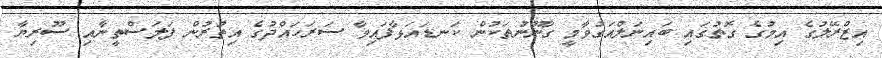
އިޒްރޭލުގެ އިމުގެ ގޮތުގައި ބައިނަލްއަގުވާމީ ގާނޫނުތަކުން ކަނޑައަޅާފައިވާ ސަރަހައްދުގެ އިތުރުން ފަލަސްތީނާއި ސޫރިޔާ